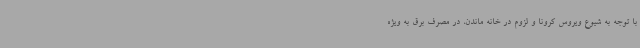
با توجه به شیوع ویروس کرونا و لزوم در خانه ماندن، در مصرف برق به ویژه